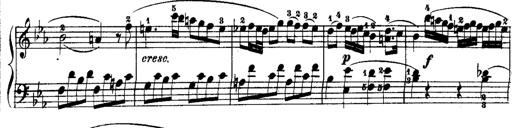
Title: Rondos and Sonatinas for Pianoforte
Composer: Daniel Steibelt